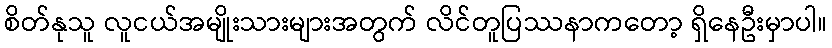
စိတ်နုသူ လူငယ်အမျိုးသားများအတွက် လိင်တူပြဿနာကတော့ ရှိနေဦးမှာပါ။